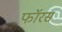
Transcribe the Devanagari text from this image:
फॉरस